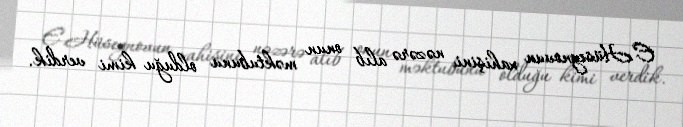
E.Hüseynovun xahişini nəzərə alıb onun məktubunu olduğu kimi verdik.